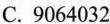
A.67507960 B.80094213 C.9064032